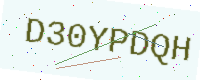
Text: D30YPDQH